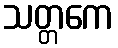
သတ္တကေ